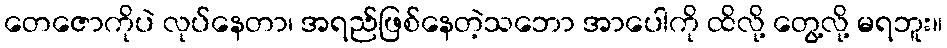
တေဇောကိုပဲ လုပ်နေတာ၊ အရည်ဖြစ်နေတဲ့သဘော အာပေါကို ထိလို့ တွေ့လို့ မရဘူး။